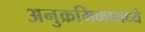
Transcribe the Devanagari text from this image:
अनुक्रमिकामध्ये